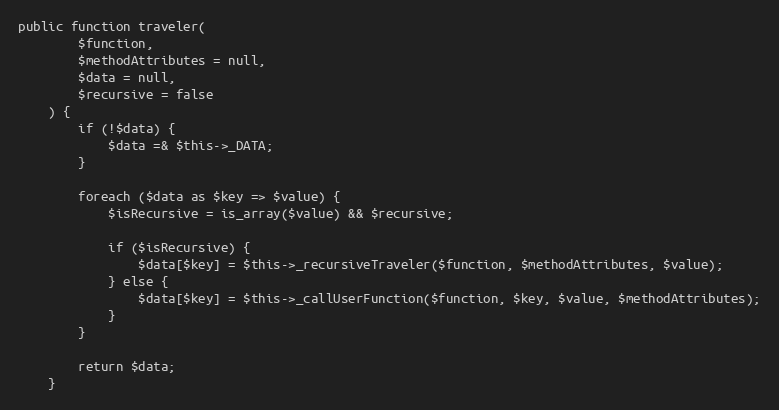
Language: PHP
public function traveler(
        $function,
        $methodAttributes = null,
        $data = null,
        $recursive = false
    ) {
        if (!$data) {
            $data =& $this->_DATA;
        }

        foreach ($data as $key => $value) {
            $isRecursive = is_array($value) && $recursive;

            if ($isRecursive) {
                $data[$key] = $this->_recursiveTraveler($function, $methodAttributes, $value);
            } else {
                $data[$key] = $this->_callUserFunction($function, $key, $value, $methodAttributes);
            }
        }

        return $data;
    }